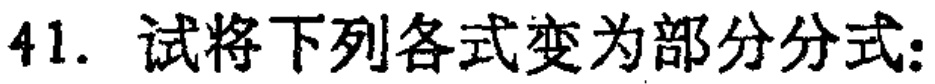
41. 试将下列各式变为部分分式：